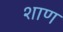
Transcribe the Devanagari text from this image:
शाण